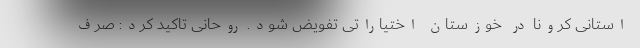
استانی کرونا در خوزستان اختیاراتی تفویض شود. روحانی تاکید کرد: صرف